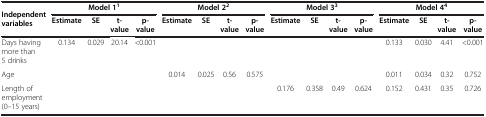
<table><thead><tr><td rowspan="2"><b>Independent variables</b></td><td colspan="4"><b>Model 1<sup>1</sup></b></td><td colspan="4"><b>Model 2<sup>2</sup></b></td><td colspan="4"><b>Model 3<sup>3</sup></b></td><td colspan="4"><b>Model 4<sup>4</sup></b></td></tr><tr><td><b>Estimate</b></td><td><b>SE</b></td><td><b>t-value</b></td><td><b>p- value</b></td><td><b>Estimate</b></td><td><b>SE</b></td><td><b>t- value</b></td><td><b>p- value</b></td><td><b>Estimate</b></td><td><b>SE</b></td><td><b>t- value</b></td><td><b>p- value</b></td><td><b>Estimate</b></td><td><b>SE</b></td><td><b>t- value</b></td><td><b>p- value</b></td></tr></thead><tbody><tr><td>Days having more than 5 drinks</td><td>0.134</td><td>0.029</td><td>20.14</td><td>&lt;0.001</td><td> </td><td> </td><td> </td><td> </td><td> </td><td> </td><td> </td><td> </td><td>0.133</td><td>0.030</td><td>4.41</td><td>&lt;0.001</td></tr><tr><td>Age</td><td> </td><td> </td><td> </td><td> </td><td>0.014</td><td>0.025</td><td>0.56</td><td>0.575</td><td> </td><td> </td><td> </td><td> </td><td>0.011</td><td>0.034</td><td>0.32</td><td>0.752</td></tr><tr><td>Length of employment (0–15 years)</td><td> </td><td> </td><td> </td><td> </td><td> </td><td> </td><td> </td><td> </td><td>0.176</td><td>0.358</td><td>0.49</td><td>0.624</td><td>0.152</td><td>0.431</td><td>0.35</td><td>0.726</td></tr></tbody></table>